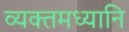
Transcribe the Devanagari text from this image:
व्यक्तमध्यानि